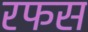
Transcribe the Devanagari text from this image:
रफस